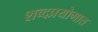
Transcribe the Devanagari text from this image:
शब्दप्रयोगात